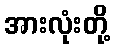
အားလုံးတို့